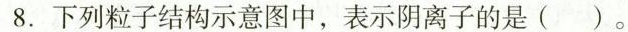
8.下列粒子结构示意图中，表示阴离子的是()。